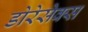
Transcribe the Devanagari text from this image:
डोरेसेक्स